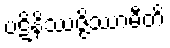
ပဋိနိဿဇ္ဇိဿာမီတိ